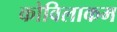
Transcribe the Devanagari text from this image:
कोविलाकम